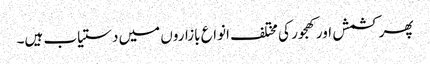
پھر کشمش اور کھجور کی مختلف انواع بازاروں میں دستیاب ہیں۔